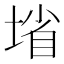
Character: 𰊄